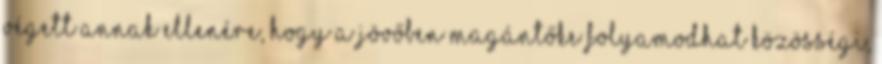
végett annak ellenére, hogy a jövőben magántőke folyamodhat közösségi,